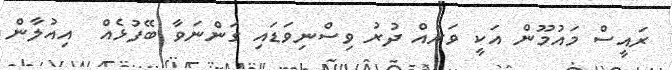
ރައީސް މައުމޫން އަކީ ވަރައް ދުރު ވިސްނިވަޑައި ގަންނަވާ ބޭފުޅެއް  އިއުލާން